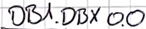
Text: DB1.DBX 0.0